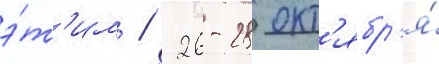
э́т'им / 26-28 окт'ябр'я́